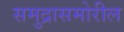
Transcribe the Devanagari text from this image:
समुद्रासमोरील